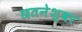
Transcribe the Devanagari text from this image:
छतनेश्वर